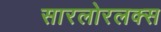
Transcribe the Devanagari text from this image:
सारलोरलक्स